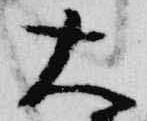
大